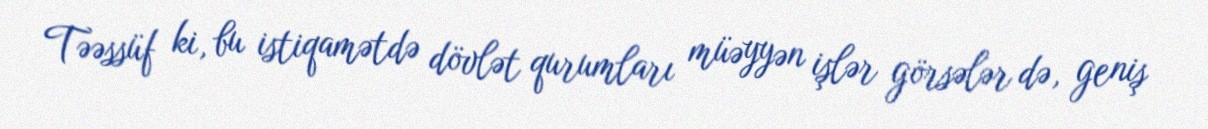
Təəssüf ki, bu istiqamətdə dövlət qurumları müəyyən işlər görsələr də, geniş